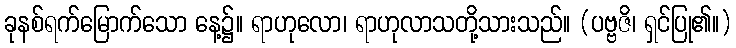
ခုနစ်ရက်မြောက်သော နေ့၌။ ရာဟုလော၊ ရာဟုလာသတို့သားသည်။ (ပဗ္ဗဇိ၊ ရှင်ပြု၏။)